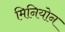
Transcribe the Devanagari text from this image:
मिनियोन